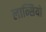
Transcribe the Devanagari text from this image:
लान्सियो